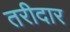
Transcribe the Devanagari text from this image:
तरीदार